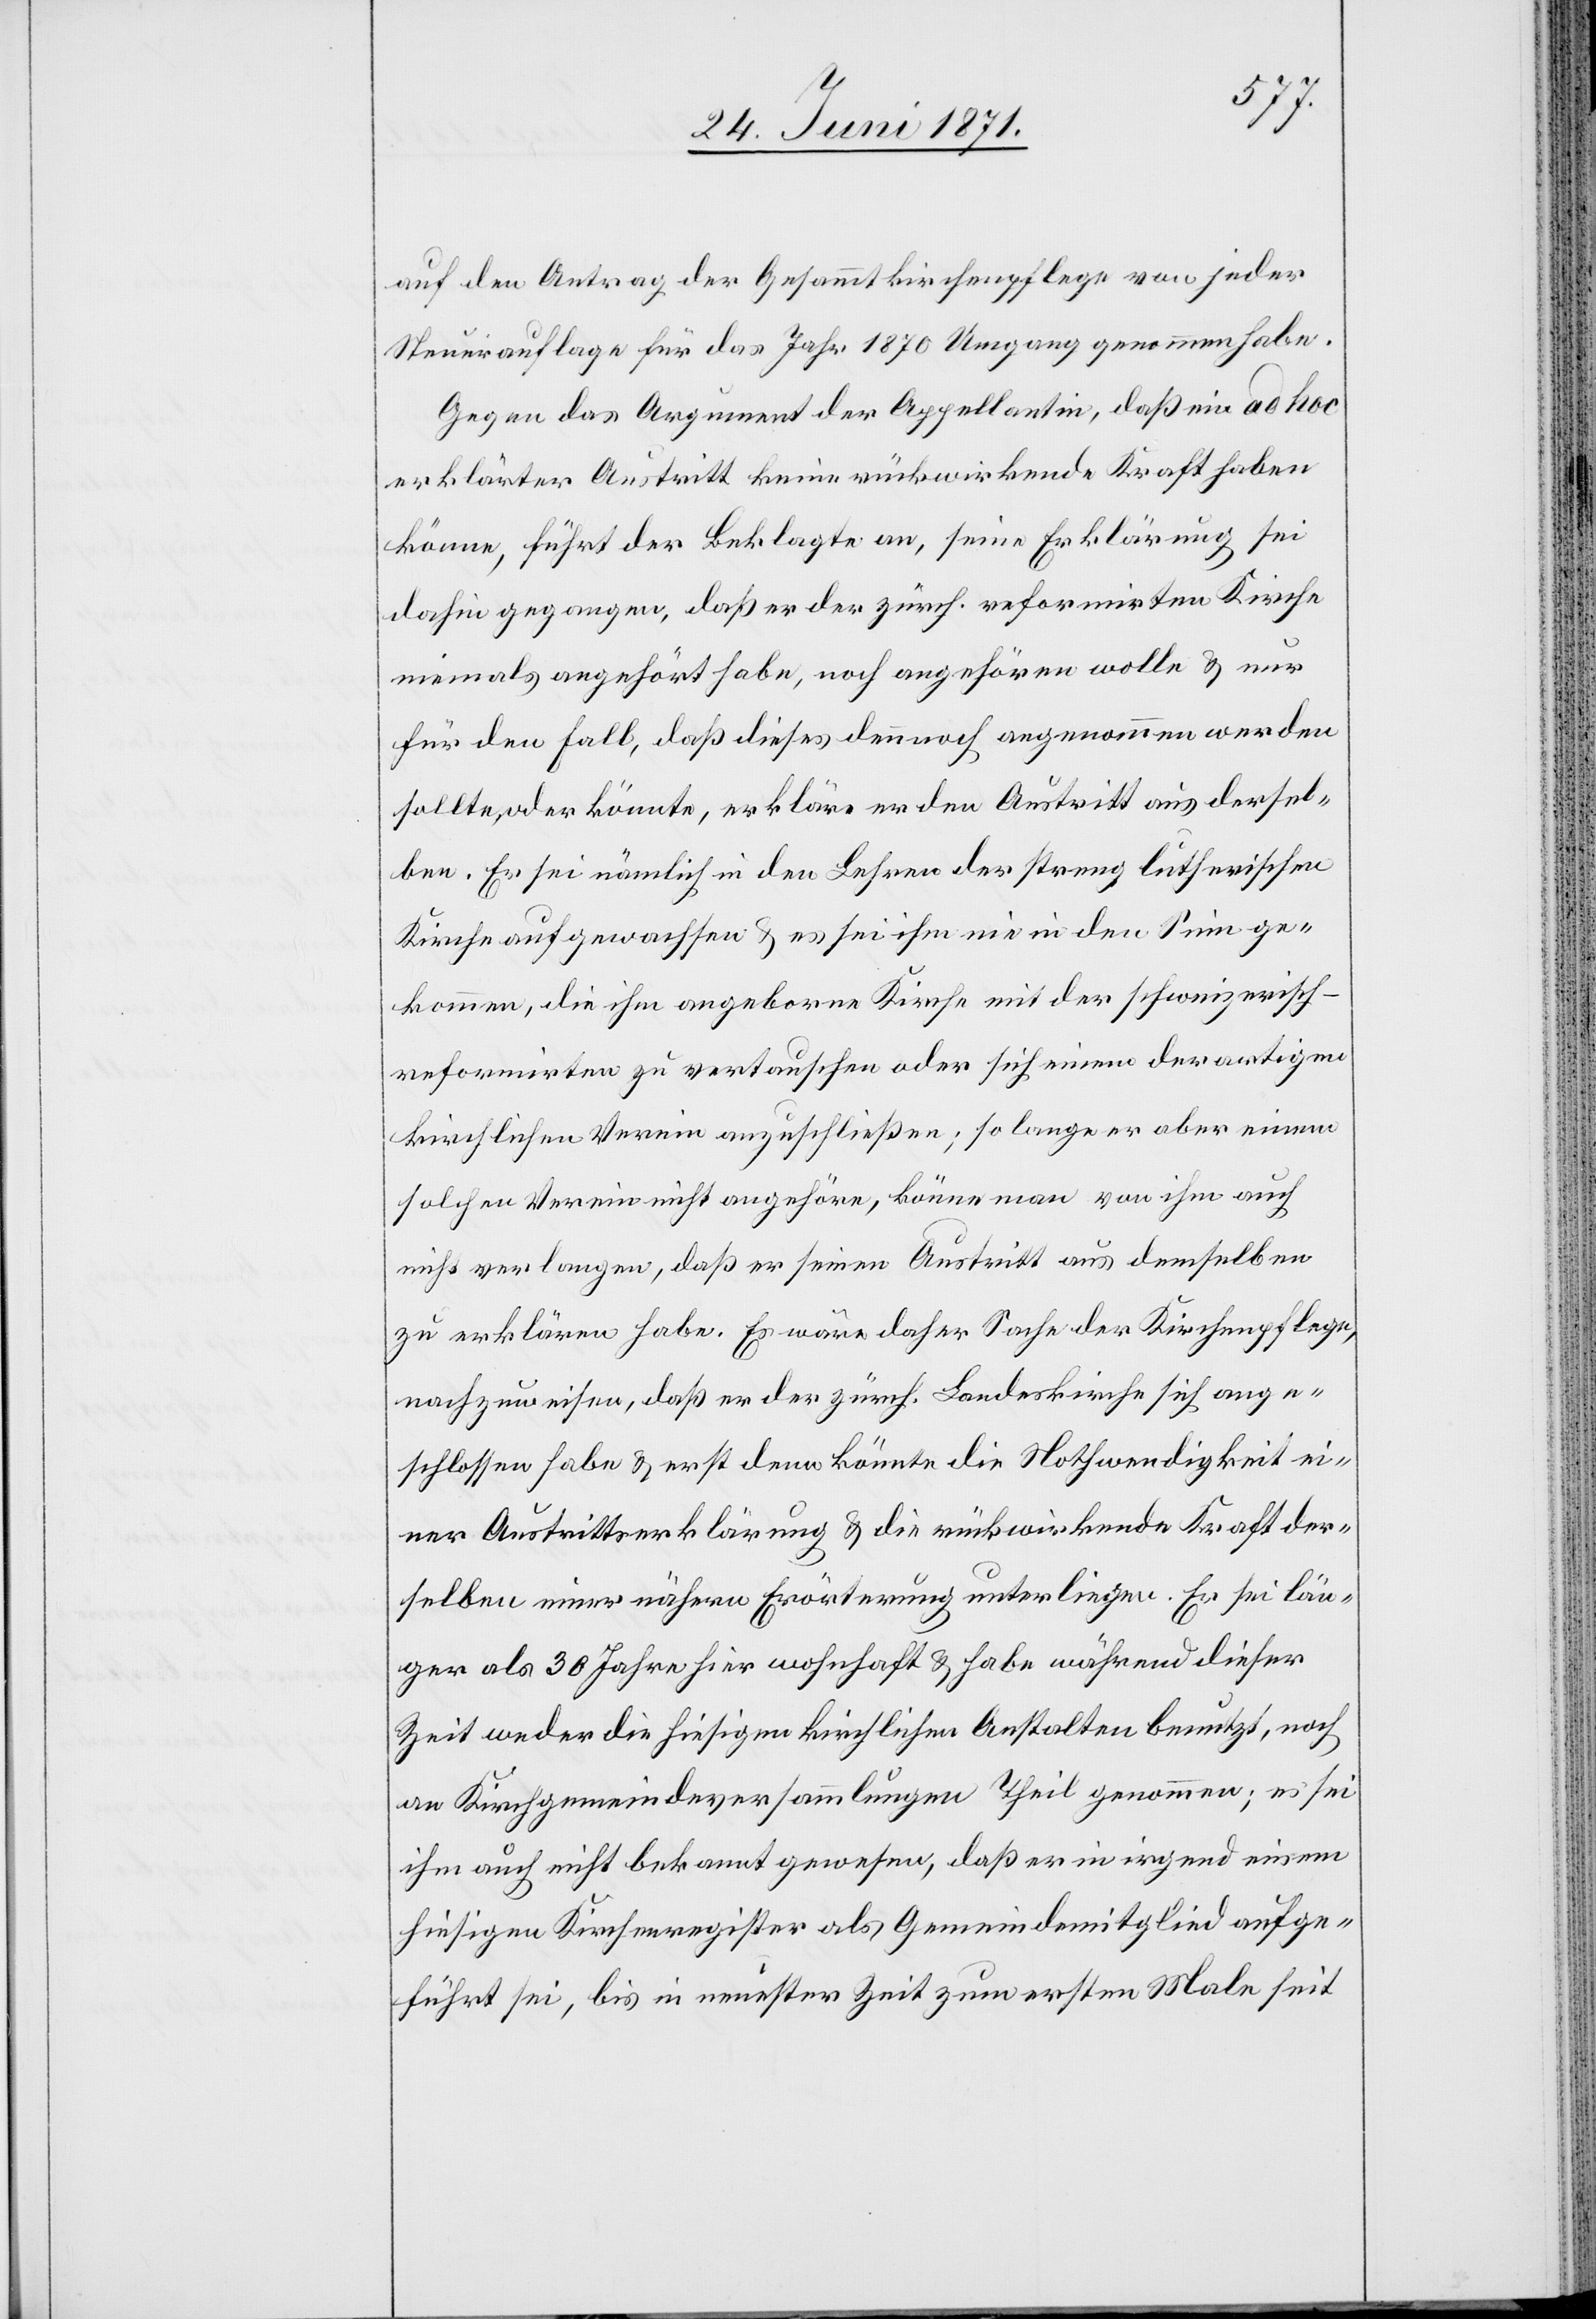
auf den Antrag der Gesammtkirchenpflege von jeder
Steuerauflage für das Jahr 1870 Umgang genommen habe.
Gegen das Argument der Appellantin, daß ein ad hoc
erklärter Austritt keine rückwirkende Kraft haben
könne, führt der Beklagte an, seine Erklärung sei
dahin gegangen, daß er der zürch. reformirten Kirche
niemals angehört habe, noch angehören wolle u. nur
für den Fall, daß dieses dennnoch angenommen werden
sollte, oder könnte, erkläre er den Austritt aus dersel¬
ben. Er sei nämlich in den Lehren der streng lutherischen
Kirche aufgewachsen u. es sei ihm nie in den Sinn ge¬
kommen, die ihm angeborne Kirche mit der schweizerisch-r¬
eformirten zu vertauschen oder sich einem derartigen
kirchlichen Verein anzuschließen; so lange er aber einem
solchen Verein nicht angehöre, könne man von ihm auch
nicht verlangen, daß er seinen Austritt aus demselben
zu erklären habe. Es wäre daher Sache der Kirchenpflege,
nachzuweisen, daß er der zürch. Landeskirche sich ange¬
schlossen habe u. erst denn [sic!] könnte die Nothwendigkeit ei¬
ner Austrittserklärung u. die rückwirkende Kraft der¬
selben einer nähern Erörterung unterliegen. Er sei län¬
ger als 30 Jahre hier wohnhaft u. habe während dieser
Zeit weder die hiesigen kirchlichen Anstalten benutzt, noch
an Kirchgemeindeversammlungen Theil genommen; es sei
ihm auch nicht bekannt gewesen, daß er in irgend einem
hiesigen Kirchenregister als Gemeindemitglied aufge¬
führt sei, bis in neuester Zeit zum ersten Male seit